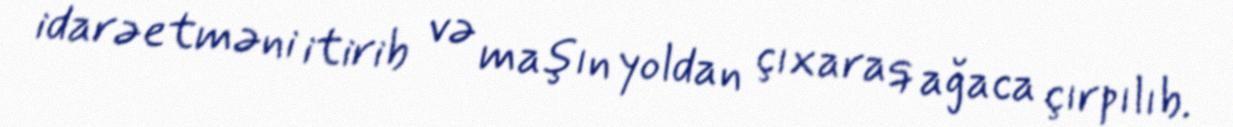
idarəetməni itirib və maşın yoldan çıxaraq ağaca çırpılıb.